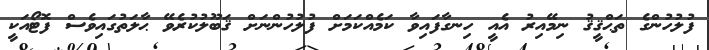
ފުލުހުންގެ ތަޙްޤީޤު ނިމޭއިރު އެއީ ހިނގާފައިވާ ކަމެއްކަމަށް ފުލުހުންނަށް ޤަބޫލުކުރެވޭ ޙާލަތުގައިވެސް ފޮޓޯއަކީ